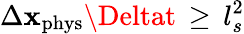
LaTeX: \Delta\mathbf{x}_{\mathrm{{phys}}}\Deltat\, \geq\, l_{s}^{2}